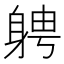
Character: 𮜷